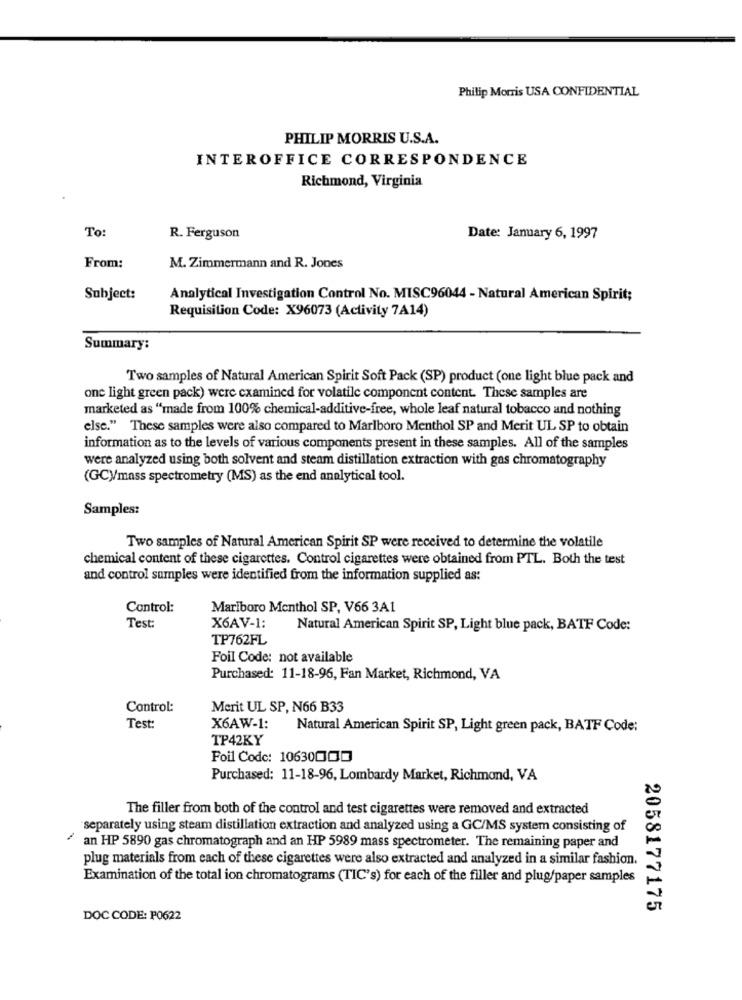
Philip Morris USA CONFIDENTIAL
PHILIP MORRIS U.S.A.
INTEROFFICE CORRESPONDENCE
Richmond, Virginia
To:
R. Ferguson
Date: January 6, 1997
From:
M. Zimmermann and R. Jones
Subject:
Analytical Investigation Control No. MISC96044 - Natural American Spirit;
Requisition Code: X96073 (Activity 7A14)
Summary:
Two samples of Natural American Spirit Soft Pack (SP) product (one light blue pack and
one light green pack) were examined for volatile component content. These samples are
marketed as "made from 100% chemical-additive-free, whole leaf natural tobacco and nothing
else." These samples were also compared to Marlboro Menthol SP and Merit UL SP to obtain
information as to the levels of various components present in these samples. All of the samples
were analyzed using both solvent and steam distillation extraction with gas chromatography
(GCV/mass spectrometry (MS) as the end analytical tool.
Samples:
Two samples of Natural American Spirit SP were received to determine the volatile
chemical content of these cigarettes. Control cigarettes were obtained from PTL. Both the test
and control samples were identified from the information supplied as:
Control:
Mariboro Menthol SP, V66 3A1
Test:
X6AV-1:
Natural American Spirit SP, Light blue pack, BATF Code:
TP762FL
Foil Code: not available
Purchased: 11-18-96, Fan Market, Richmond, VA
Control:
Merit UL SP, N66 B33
Test:
X6AW-1:
Natural American Spirit SP, Light green pack, BATF Code:
TP42KY
Foil Code: 10630000
Purchased: 11-18-96, Lombardy Market, Richmond, VA
The filler from both of the control and test cigarettes were removed and extracted
separately using steam distillation extraction and analyzed using a GC/MS system consisting of
an HP 5890 gas chromatograph and an HP 5989 mass spectrometer. The remaining paper and
plug materials from each of these cigarettes were also extracted and analyzed in a similar fashion.
Examination of the total ion chromatograms (TIC's) for each of the filler and plug/paper samples
2058177175
DOC CODE: P0622